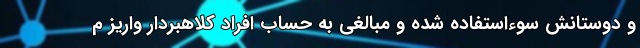
و دوستانش سوءاستفاده شده و مبالغی به حساب افراد کلاهبردار واریز م